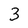
Character: 3